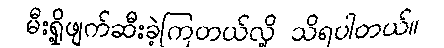
မီးရှို့ဖျက်ဆီးခဲ့ကြတယ်လို့ သိရပါတယ်။